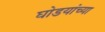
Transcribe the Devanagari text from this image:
घोडयांच्या